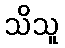
သိသူ